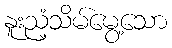
နူးညံ့သိမ်မွေ့သော